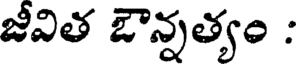
జీవిత ఔన్నత్యం :